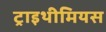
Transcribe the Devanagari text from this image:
ट्राइथीमियस